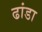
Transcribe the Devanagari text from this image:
ढांडा